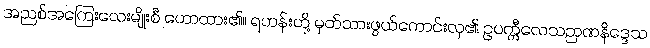
အညစ်အကြေးလေးမျိုးစီ ဟောထား၏။ ရဟန်းတို့ မှတ်သားဖွယ်ကောင်းလှ၏ ဥပက္ကီလေသဉာဏနိဒ္ဒေသ